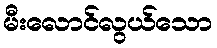
မီးလောင်လွယ်သော